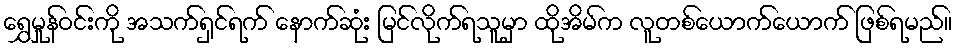
ရွှေမှုန်ဝင်းကို အသက်ရှင်ရက် နောက်ဆုံး မြင်လိုက်ရသူမှာ ထိုအိမ်က လူတစ်ယောက်ယောက် ဖြစ်ရမည်။